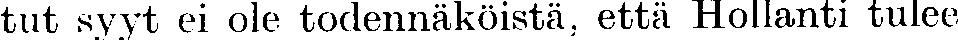
tut syyt ei ole todennäköistä, että Hollanti tulee